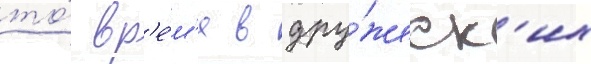
то́ вр'е́м'я в дру́жеск'их